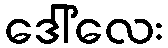
ဒေါ်လေး